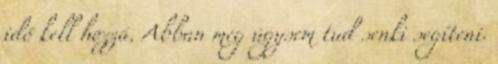
idő kell hozzá. Abban meg úgysem tud senki segíteni.